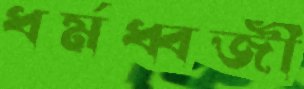
ধর্মধ্বজী